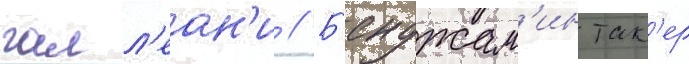
галл'еан'и // Б'енджам'ин так'ер